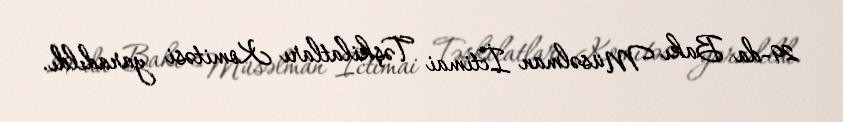
29-da Bakı Müsəlman İctimai Təşkilatları Komitəsi yaradıldı.